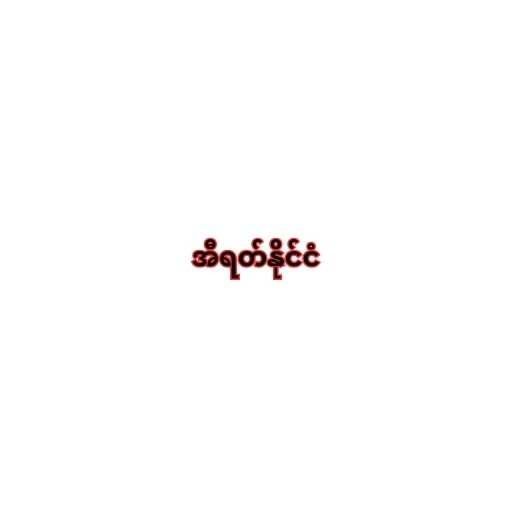
အီရတ်နိုင်ငံ